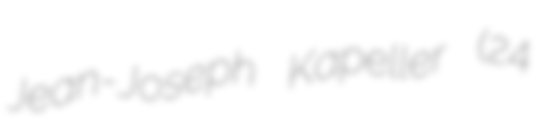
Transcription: Jean-Joseph Kapeller (24